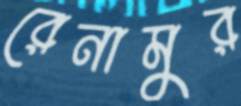
রেনামুর